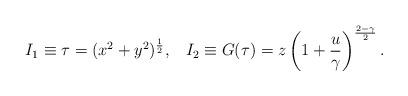
LaTeX: \begin{align*}I_1\equiv\tau=(x^2+y^2)^{1\over 2},\;\;\;I_2\equiv G(\tau)=z\left(1+{u\over\gamma}\right)^{{2-\gamma}\over 2}.\end{align*}